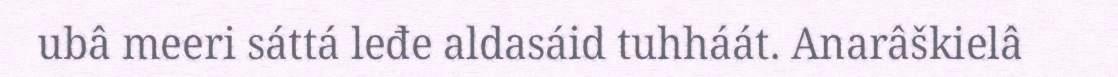
ubâ meeri sáttá leđe aldasáid tuhháát. Anarâškielâ